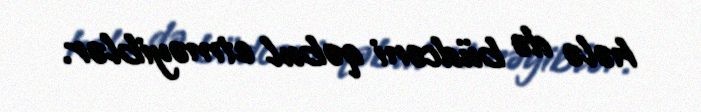
hələ də büdcəni qəbul etməyiblər.